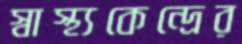
স্বাস্থ্যকেন্দ্রের